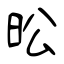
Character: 昖